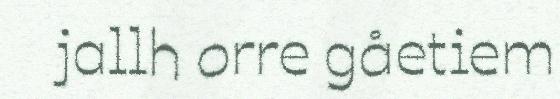
jallh orre gåetiem